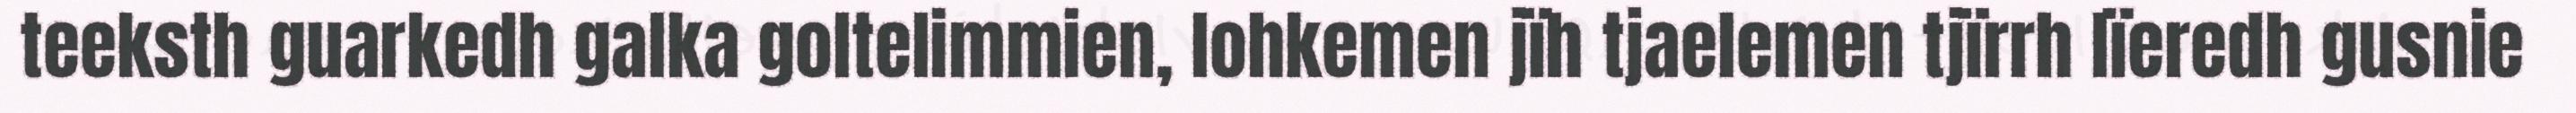
teeksth guarkedh galka goltelimmien, lohkemen jïh tjaelemen tjïrrh lïeredh gusnie